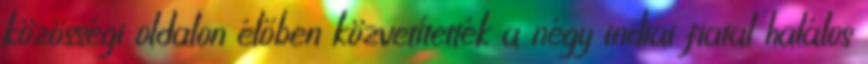
közösségi oldalon élőben közvetítették a négy indiai fiatal halálos